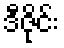
ဒီဇိုင်း